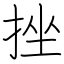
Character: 挫